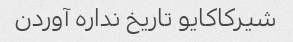
شیرکاکایو تاریخ نداره آوردن